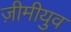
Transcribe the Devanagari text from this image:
ज़ीमीयुव